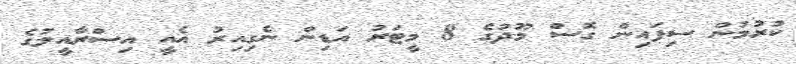
ކުރުމުން ސިފައިން ގޮސް މޫދުގެ 8 މީޓަރު އަޑިން ނެގިއިރު އެއީ އިސްރާއީލުގެ